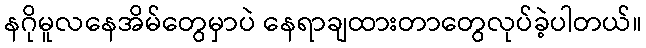
နဂိုမူလနေအိမ်တွေမှာပဲ နေရာချထားတာတွေလုပ်ခဲ့ပါတယ်။